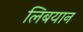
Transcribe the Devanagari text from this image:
लिबयान